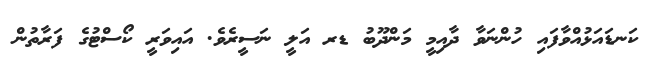
ކަނޑައަޅުއްވާފައި ހުންނަވާ ދާއިމީ މަންދޫބު ޑރ އަލީ ނަސީރެވެ. އައިވަރީ ކޯސްޓުގެ ފަރާތުން